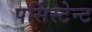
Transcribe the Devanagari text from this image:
पर्सिस्टेन्ट